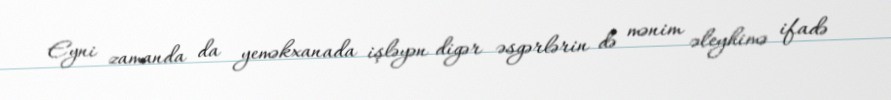
Eyni zamanda da yeməkxanada işləyən digər əsgərlərin də mənim əleyhimə ifadə